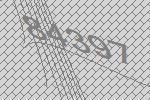
84397